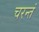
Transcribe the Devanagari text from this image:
चरन्तं